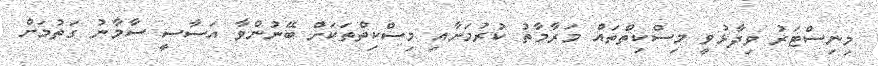
މިނިސްޓަރު ވިދާޅުވީ މިސްކިތްތައް މަރާމާތު ކުރުމަށާއި މިސްކިތްތަކަށް ބޭނުންވާ އަސާސީ ސާމާނު ގަތުމަށް